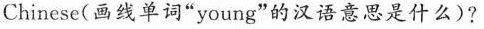
Chinese(画线单词"young"的汉语意思是什么)?